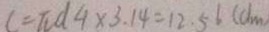
c = \pi d 4 \times 3 . 1 4 = 1 2 . 5 6 ( d m )